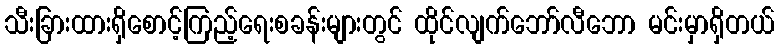
သီးခြားထားရှိစောင့်ကြည့်ရေးစခန်းများတွင် ထိုင်လျက်ဘော်လီဘော မင်းမှာရှိတယ်